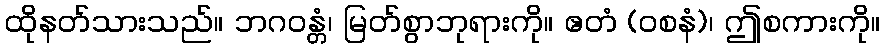
ထိုနတ်သားသည်။ ဘဂဝန္တံ၊ မြတ်စွာဘုရားကို။ ဧတံ (ဝစနံ)၊ ဤစကားကို။